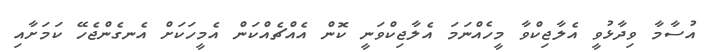
އުސާމާ ވިދާޅުވީ އެލާޖިކްވާ މީހެއްނަމަ އެލާޖިކްވަނީ ކޮން އެއްޗެއްކަން އެމީހަކަށް އެނގެންޖެހޭ ކަމަށާއި